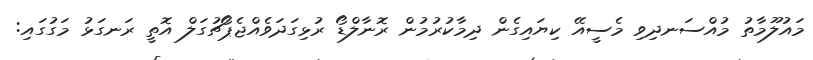
މައުލޫމާތު މުއްސަނދިވި މެސީއޭ ކިޔައިގެން ދިމާކުރުމުން ރޮނާލްޑޯ ރުޅިގަދަވެއްޖެޕޯޗުގަލް އޮތީ ރަނގަޅު މަގުގައި: